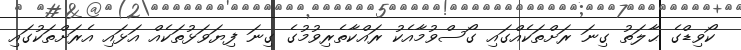
ކޯވިޑްގެ ޙާލަތު ގިނަ ރަށްތަކެއްގައި ގޯސްވުމާއެކު ރައްކާތެރިވުމުގެ ގިނަ ފިޔަވަޅުތަކެއް އަޅައި އެރަށްތަކުގައި